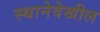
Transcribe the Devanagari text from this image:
स्थानेदेखील